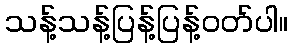
သန့်သန့်ပြန့်ပြန့်ဝတ်ပါ။